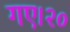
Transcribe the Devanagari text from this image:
गए।२०